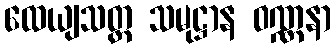
ထေယျသတ္ထ သမုဋ္ဌာန ဝဏ္ဏနာ